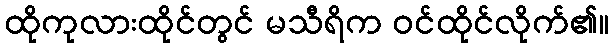
ထိုကုလားထိုင်တွင် မသီရိက ဝင်ထိုင်လိုက်၏။